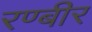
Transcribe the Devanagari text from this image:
रण्बीर